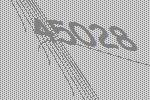
45028